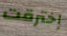
إخترقت